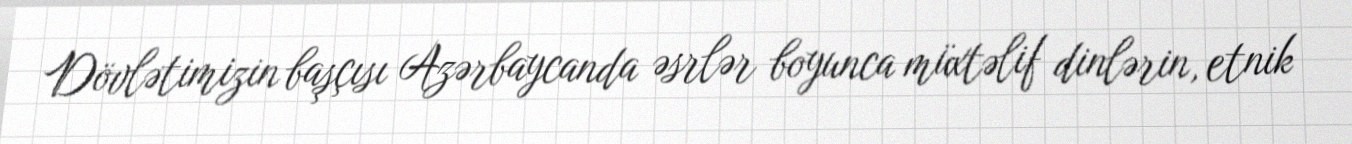
Dövlətimizin başçısı Azərbaycanda əsrlər boyunca müxtəlif dinlərin, etnik